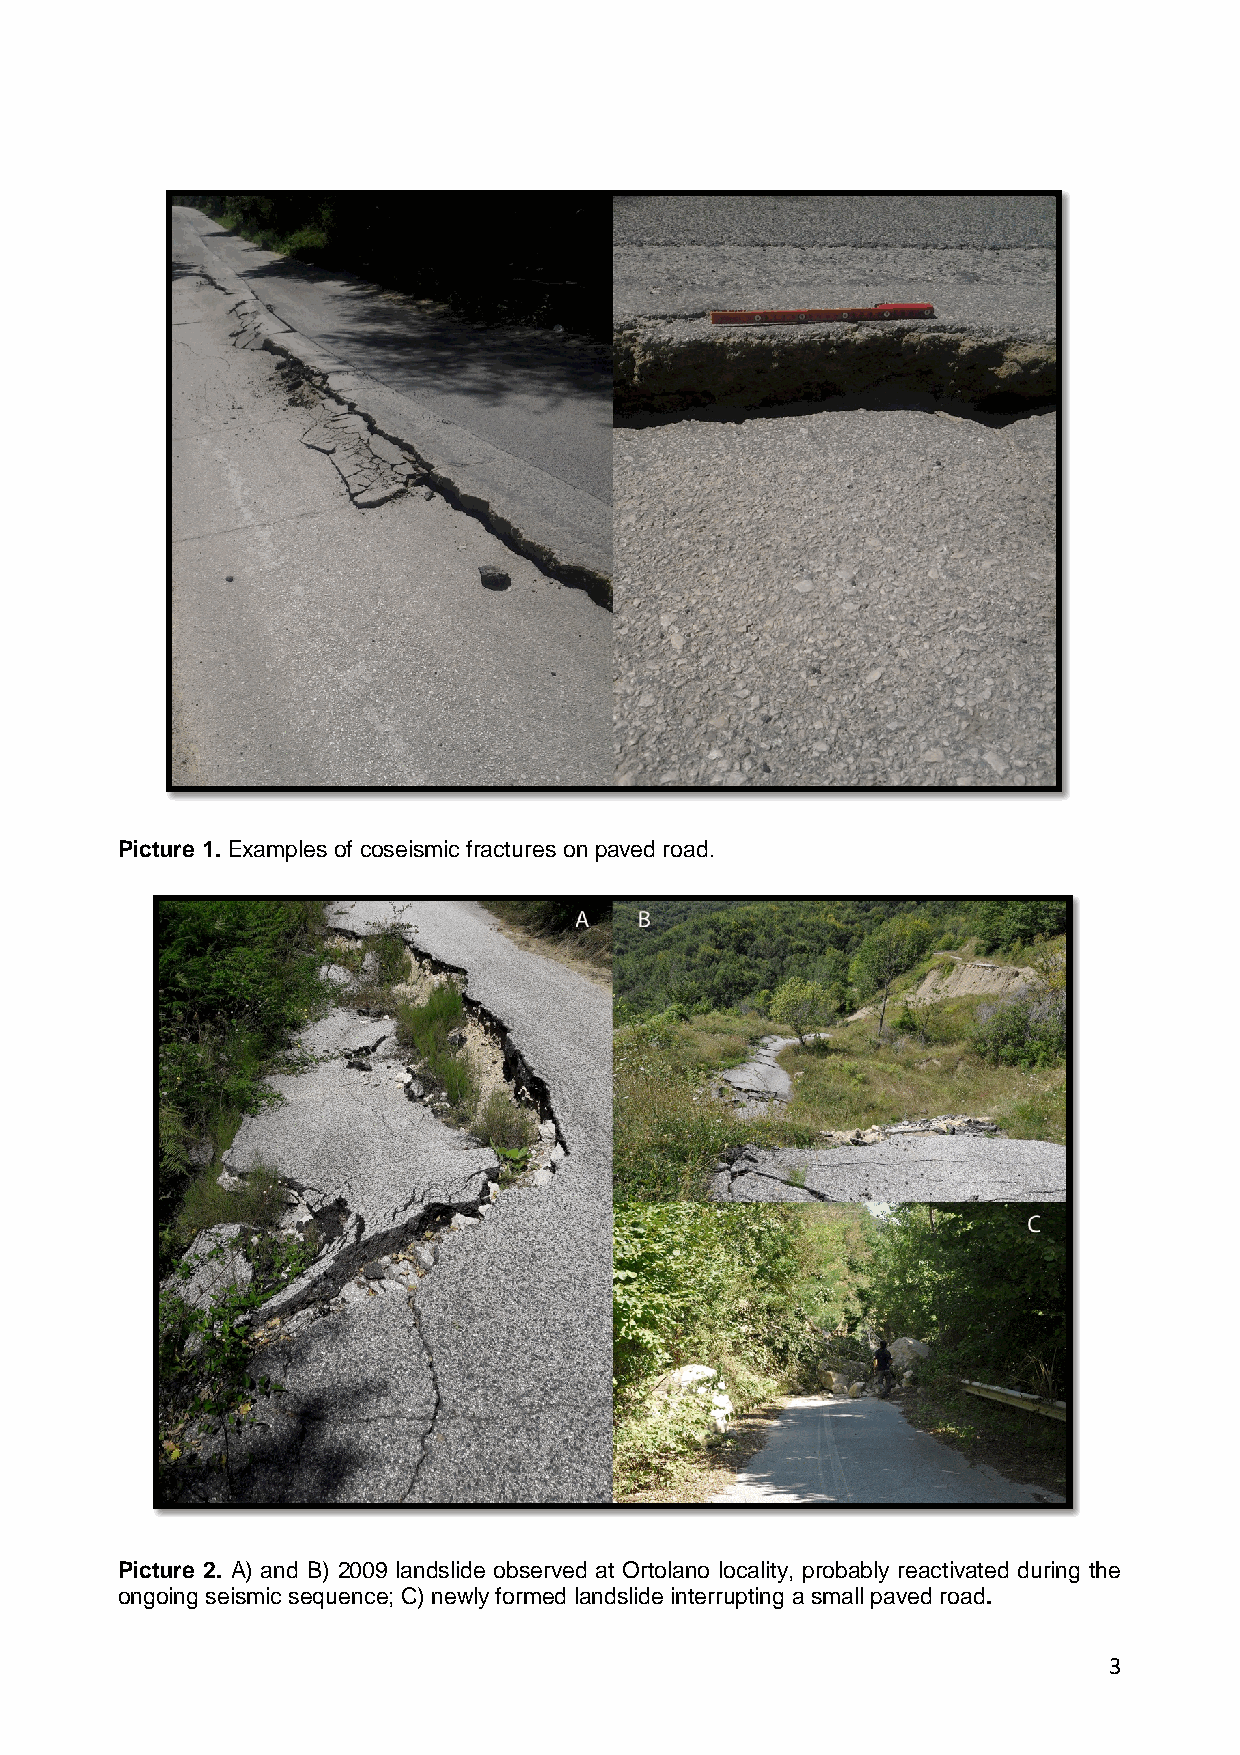
Picture 1. Examples of coseismic fractures on paved road.
 Picture 2. A) and B) 2009 landslide observed at Ortolano locality, probably reactivated during the
 ongoing seismic sequence; C) newly formed landslide interrupting a small paved road.
 3